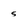
Character: s